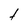
Character: t